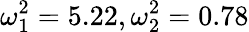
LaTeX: \omega_{1}^{2}=5.22,\omega_{2}^{2}=0.78